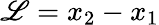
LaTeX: \mathscr{L}=x_{2}-x_{1}